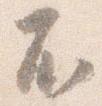
不